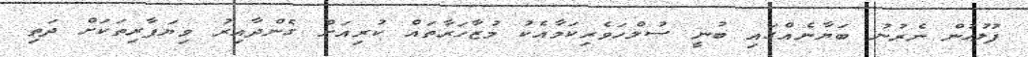
ފުލުހުން ނެރުނު ބަޔާނެއްގައި ބުނީ ސުލްހަވެރިކަމާއެކު މުޒާހަރާތައް ކުރިއަށް ގެންދާއިރު ވިޔަފާރިތަކަށް ދަތި